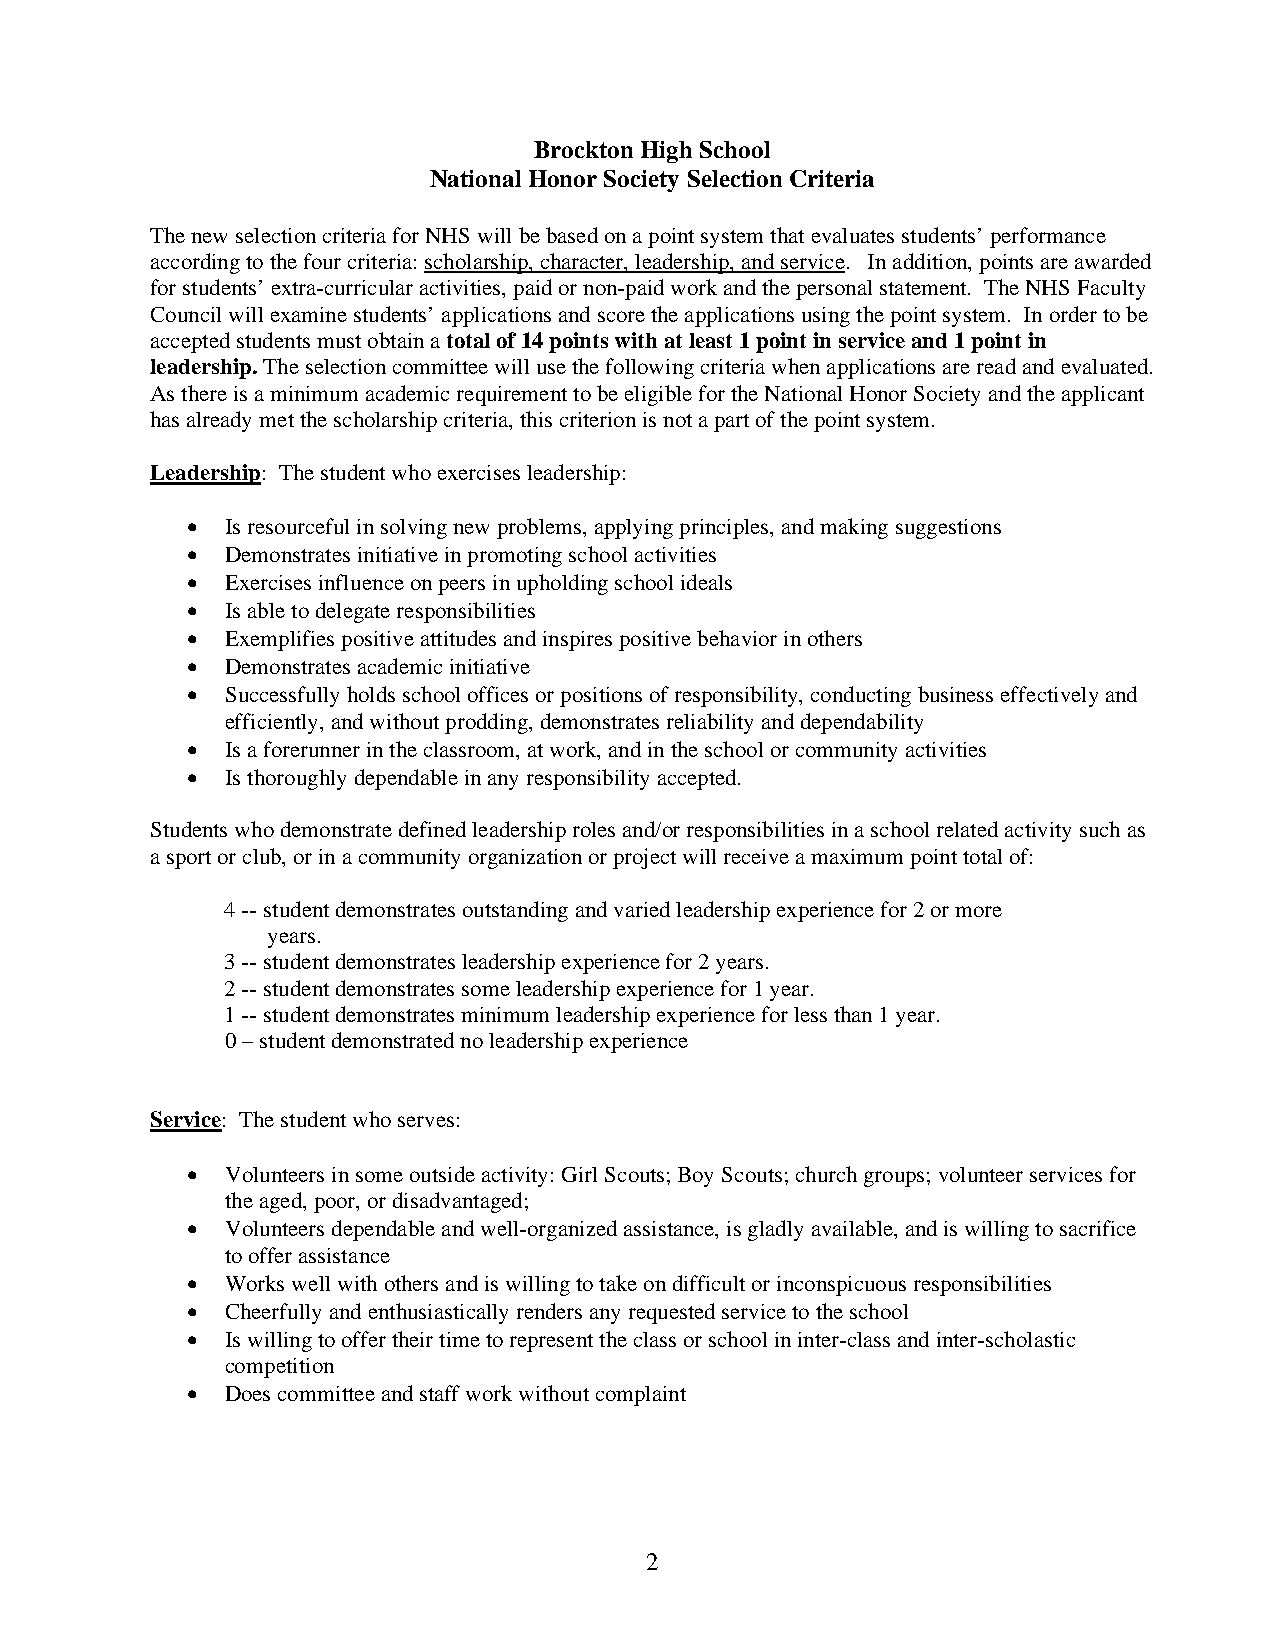
Brockton High School
 National Honor Society Selection Criteria
 The new selection criteria for NHS will be based on a point system that evaluates students’ performance
 according to the four criteria: scholarship, character, leadership, and service. In addition, points are awarded
 for students’ extra-curricular activities, paid or non-paid work and the personal statement. The NHS Faculty
 Council will examine students’ applications and score the applications using the point system. In order to be
 accepted students must obtain a total of 14 points with at least 1 point in service and 1 point in
 leadership. The selection committee will use the following criteria when applications are read and evaluated.
 As there is a minimum academic requirement to be eligible for the National Honor Society and the applicant
 has already met the scholarship criteria, this criterion is not a part of the point system.
 Leadership: The student who exercises leadership:
 •  Is resourceful in solving new problems, applying principles, and making suggestions
 •  Demonstrates initiative in promoting school activities
 •  Exercises influence on peers in upholding school ideals
 •  Is able to delegate responsibilities
 •  Exemplifies positive attitudes and inspires positive behavior in others
 •  Demonstrates academic initiative
 •  Successfully holds school offices or positions of responsibility, conducting business effectively and
 efficiently, and without prodding, demonstrates reliability and dependability
 •  Is a forerunner in the classroom, at work, and in the school or community activities
 •  Is thoroughly dependable in any responsibility accepted.
 Students who demonstrate defined leadership roles and/or responsibilities in a school related activity such as
 a sport or club, or in a community organization or project will receive a maximum point total of:
 4 -- student demonstrates outstanding and varied leadership experience for 2 or more
 years.
 3 -- student demonstrates leadership experience for 2 years.
 2 -- student demonstrates some leadership experience for 1 year.
 1 -- student demonstrates minimum leadership experience for less than 1 year.
 0 – student demonstrated no leadership experience
 Service: The student who serves:
 •  Volunteers in some outside activity: Girl Scouts; Boy Scouts; church groups; volunteer services for
 the aged, poor, or disadvantaged;
 •  Volunteers dependable and well-organized assistance, is gladly available, and is willing to sacrifice
 to offer assistance
 •  Works well with others and is willing to take on difficult or inconspicuous responsibilities
 •  Cheerfully and enthusiastically renders any requested service to the school
 •  Is willing to offer their time to represent the class or school in inter-class and inter-scholastic
 competition
 •  Does committee and staff work without complaint
 2